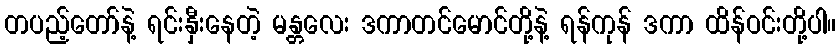
တပည့်တော်နဲ့ ရင်းနှီးနေတဲ့ မန္တလေး ဒကာတင်မောင်တို့နဲ့ ရန်ကုန် ဒကာ ထိန်ဝင်းတို့ပါ။